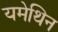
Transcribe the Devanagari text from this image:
यमेथिन